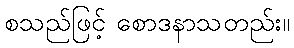
စသည်ဖြင့် စောဒနာသတည်း။